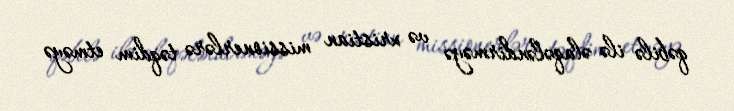
qəbilə ilə əlaqələndirməyə və xristian missionerlərə təqdim etməyə